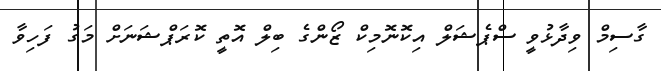
ގާސިމް ވިދާޅުވީ ސްޕެޝަލް އިކޮނޮމިކް ޒޯންގެ ބިލް އޮތީ ކޮރަޕްޝަނަށް މަގު ފަހިވާ